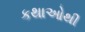
કથાઓથી